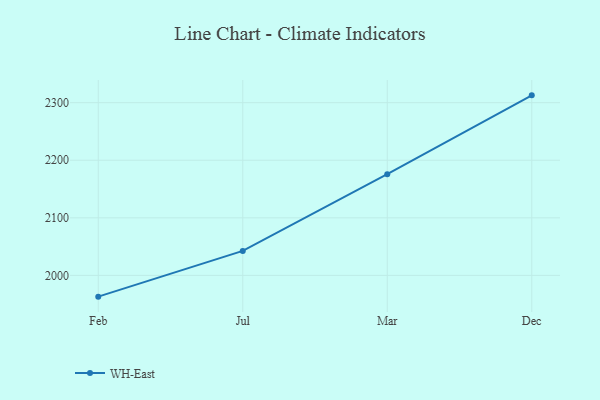
{"axis": {"x": "Month", "y": "Shipments"}, "legend": ["WH-East"], "data": [{"x": "Feb", "y": 1963.1, "type": "WH-East"}, {"x": "Jul", "y": 2042.5, "type": "WH-East"}, {"x": "Mar", "y": 2175.8, "type": "WH-East"}, {"x": "Dec", "y": 2312.7, "type": "WH-East"}]}